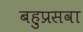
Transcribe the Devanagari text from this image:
बहुप्रसवा